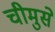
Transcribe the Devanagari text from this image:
चीमुसे